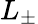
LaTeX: L_{\pm}